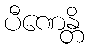
ပီဏေန္တိ